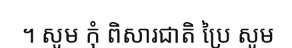
។ សូម កុំ ពិសារជាតិ ប្រៃ សូម